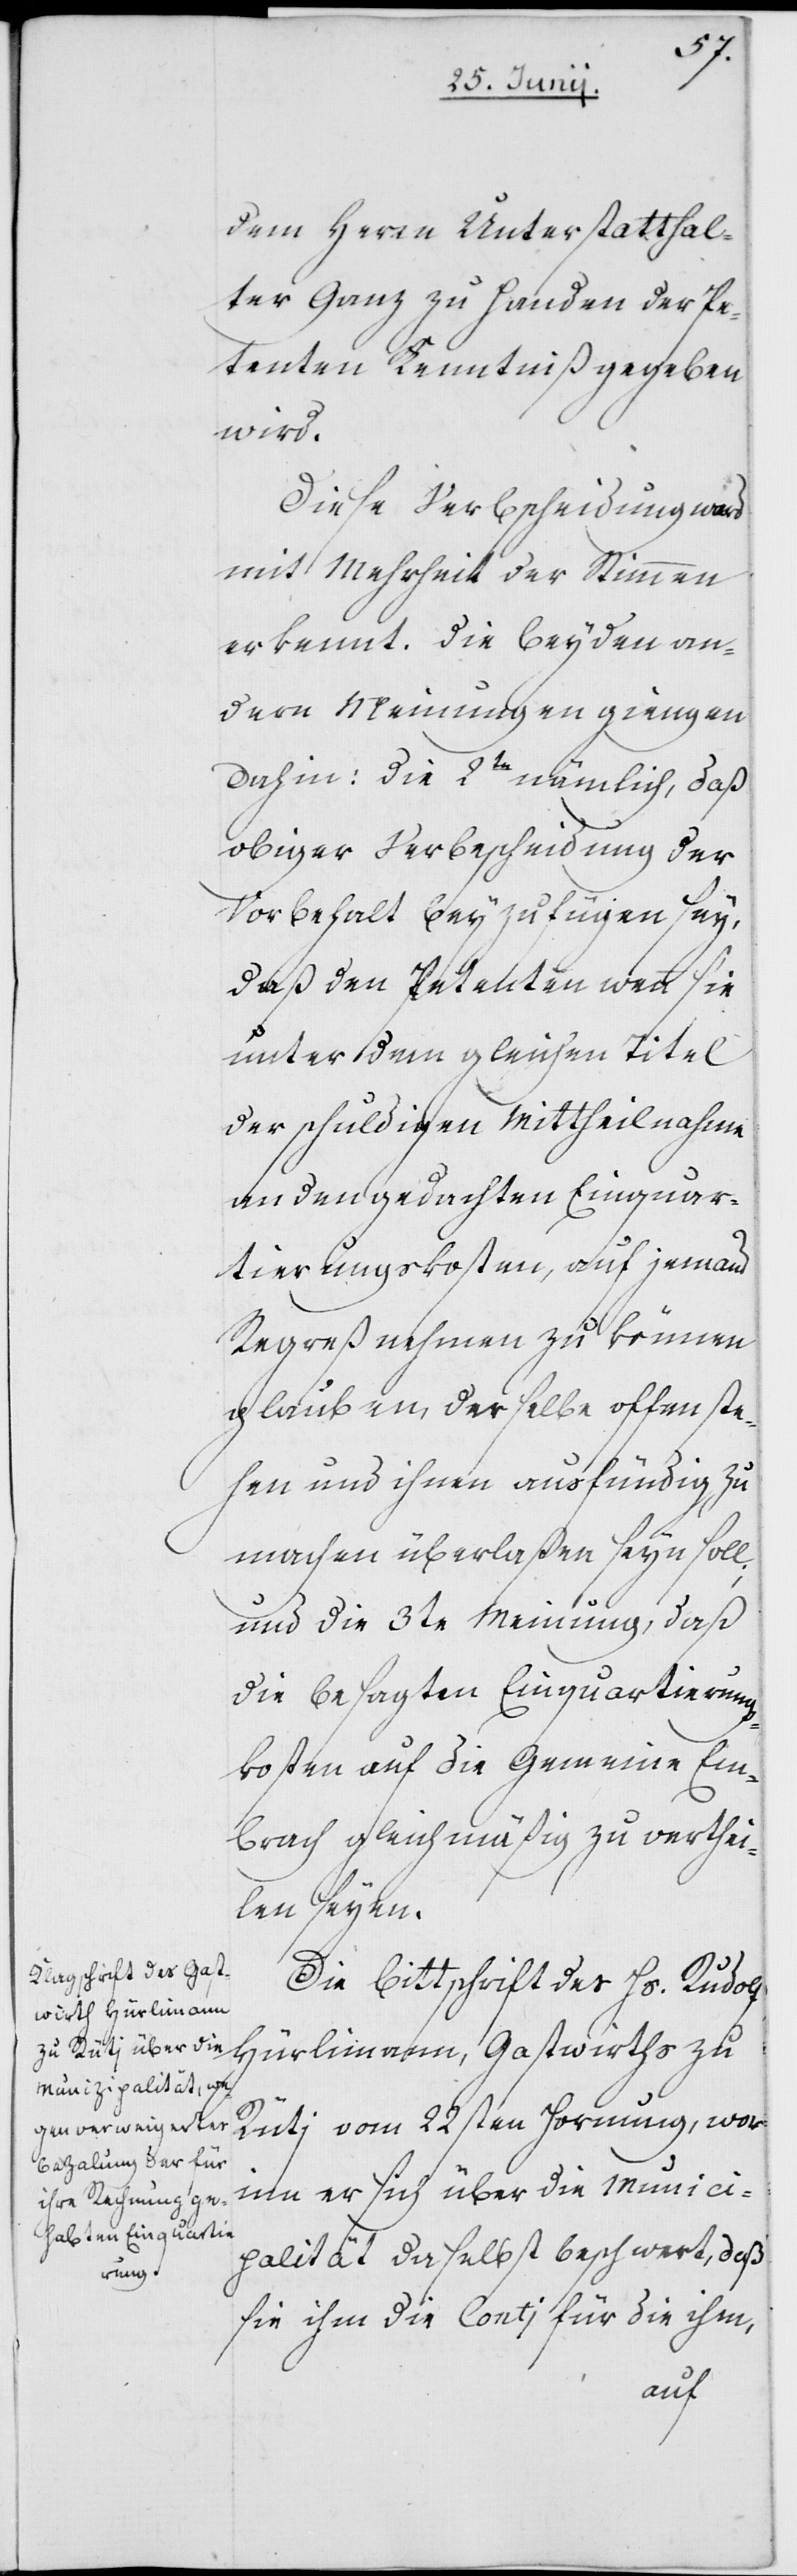
dem Herrn Unterstatthal¬
ter Ganz zu handen der Pe¬
tenten Kenntniß gegeben
wird.
Diese Verbscheidung
mit Mehrheit der Stimmen
erkennt. Die beyden an¬
dern Meinungen giengen
dahin: – die 2te nämlich, daß
obiger Verbescheidung der
Vorbehalt beyzufügen sey,
daß den Petenten wenn sie
unter dem gleichen Titel
der schuldigen Mittheilnahme
an den gedachten Einquar¬
tierungskosten, auf jemand
Regreß nehmen zu können
glauben, derselbe offen ste¬
hen und ihnen ausfündig zu
machen überlaßen seyn soll;
und die 3te Meinung, daß
die besagten Einquartierungs¬
kosten auf die Gemeine Em¬
brach gleichmäßig zu verthei¬
len seyen.
Die Bittschrift des Hs. Rudolf
Hürlimann, Gastwirths zu
Rüti vom 22sten Hornung, wor¬
inn er sich über die Munici¬
palität daselbst beschwert, daß
sie ihm die Conti für die ihm